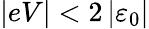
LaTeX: \vert eV\vert<2\left\vert\varepsilon_{0}\right\vert